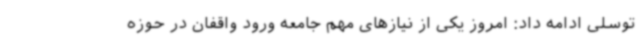
توسلی ادامه داد: امروز یکی از نیازهای مهم جامعه ورود واقفان در حوزه